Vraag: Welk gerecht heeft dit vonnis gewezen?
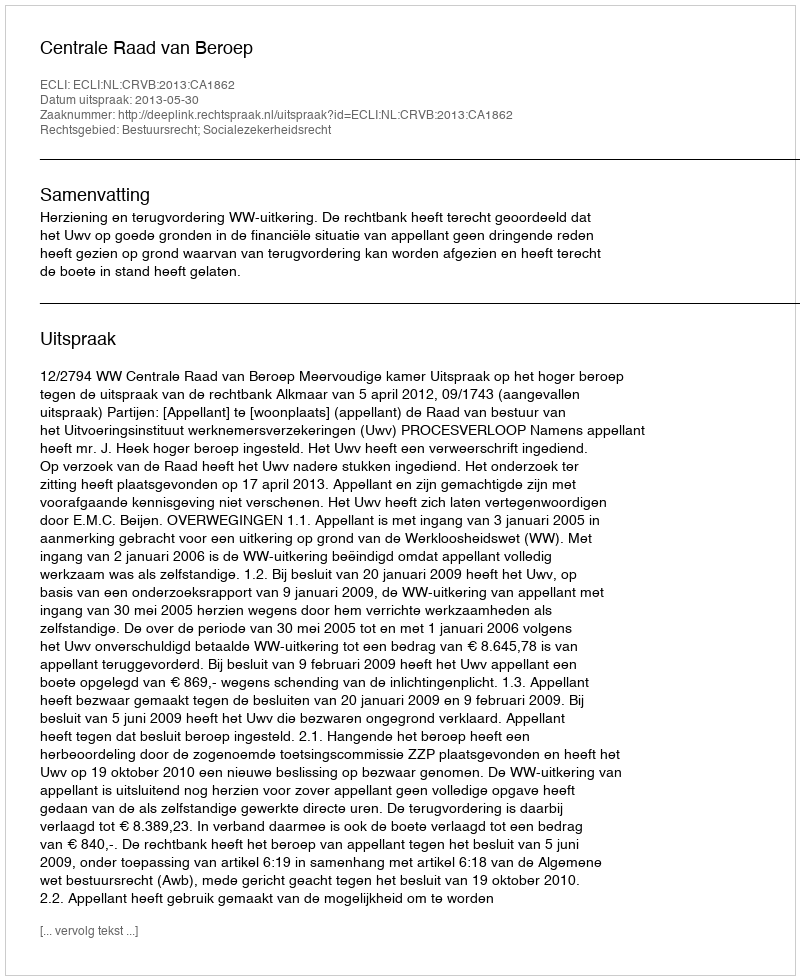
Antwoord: Centrale Raad van Beroep